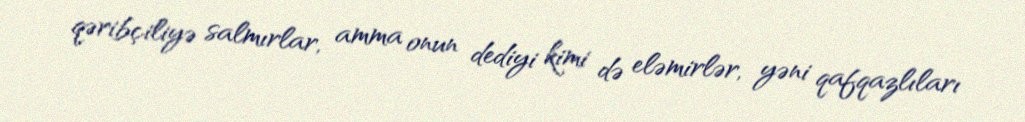
qəribçiliyə salmırlar, amma onun dediyi kimi də eləmirlər, yəni qafqazlıları